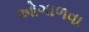
ઓગાળવા